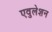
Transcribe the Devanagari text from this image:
एवुलेशन